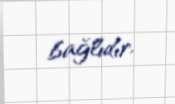
bağlıdır.